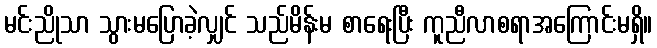
မင်းညိုသာ သွားမပြောခဲ့လျှင် သည်မိန်းမ စာရေးပြီး ကူညီလာစရာအကြောင်းမရှိ။